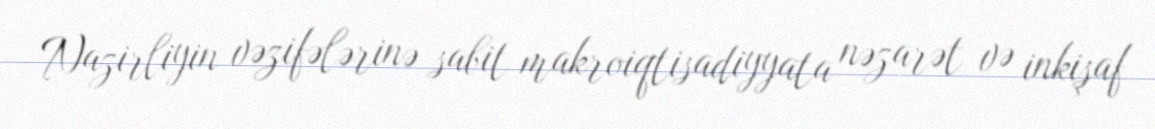
Nazirliyin vəzifələrinə sabit makroiqtisadiyyata nəzarət və inkişaf